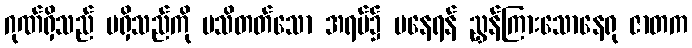
ဂုဏ်ရှိသည် မရှိသည်ကို မသိတတ်သော အရပ်၌ မနေရန် ညွှန်ကြားသောနေရု ဇာတက